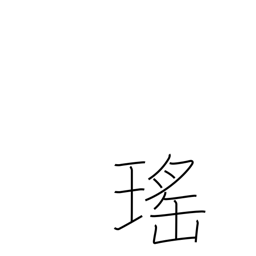
Meaning: beautiful (as a jewel)